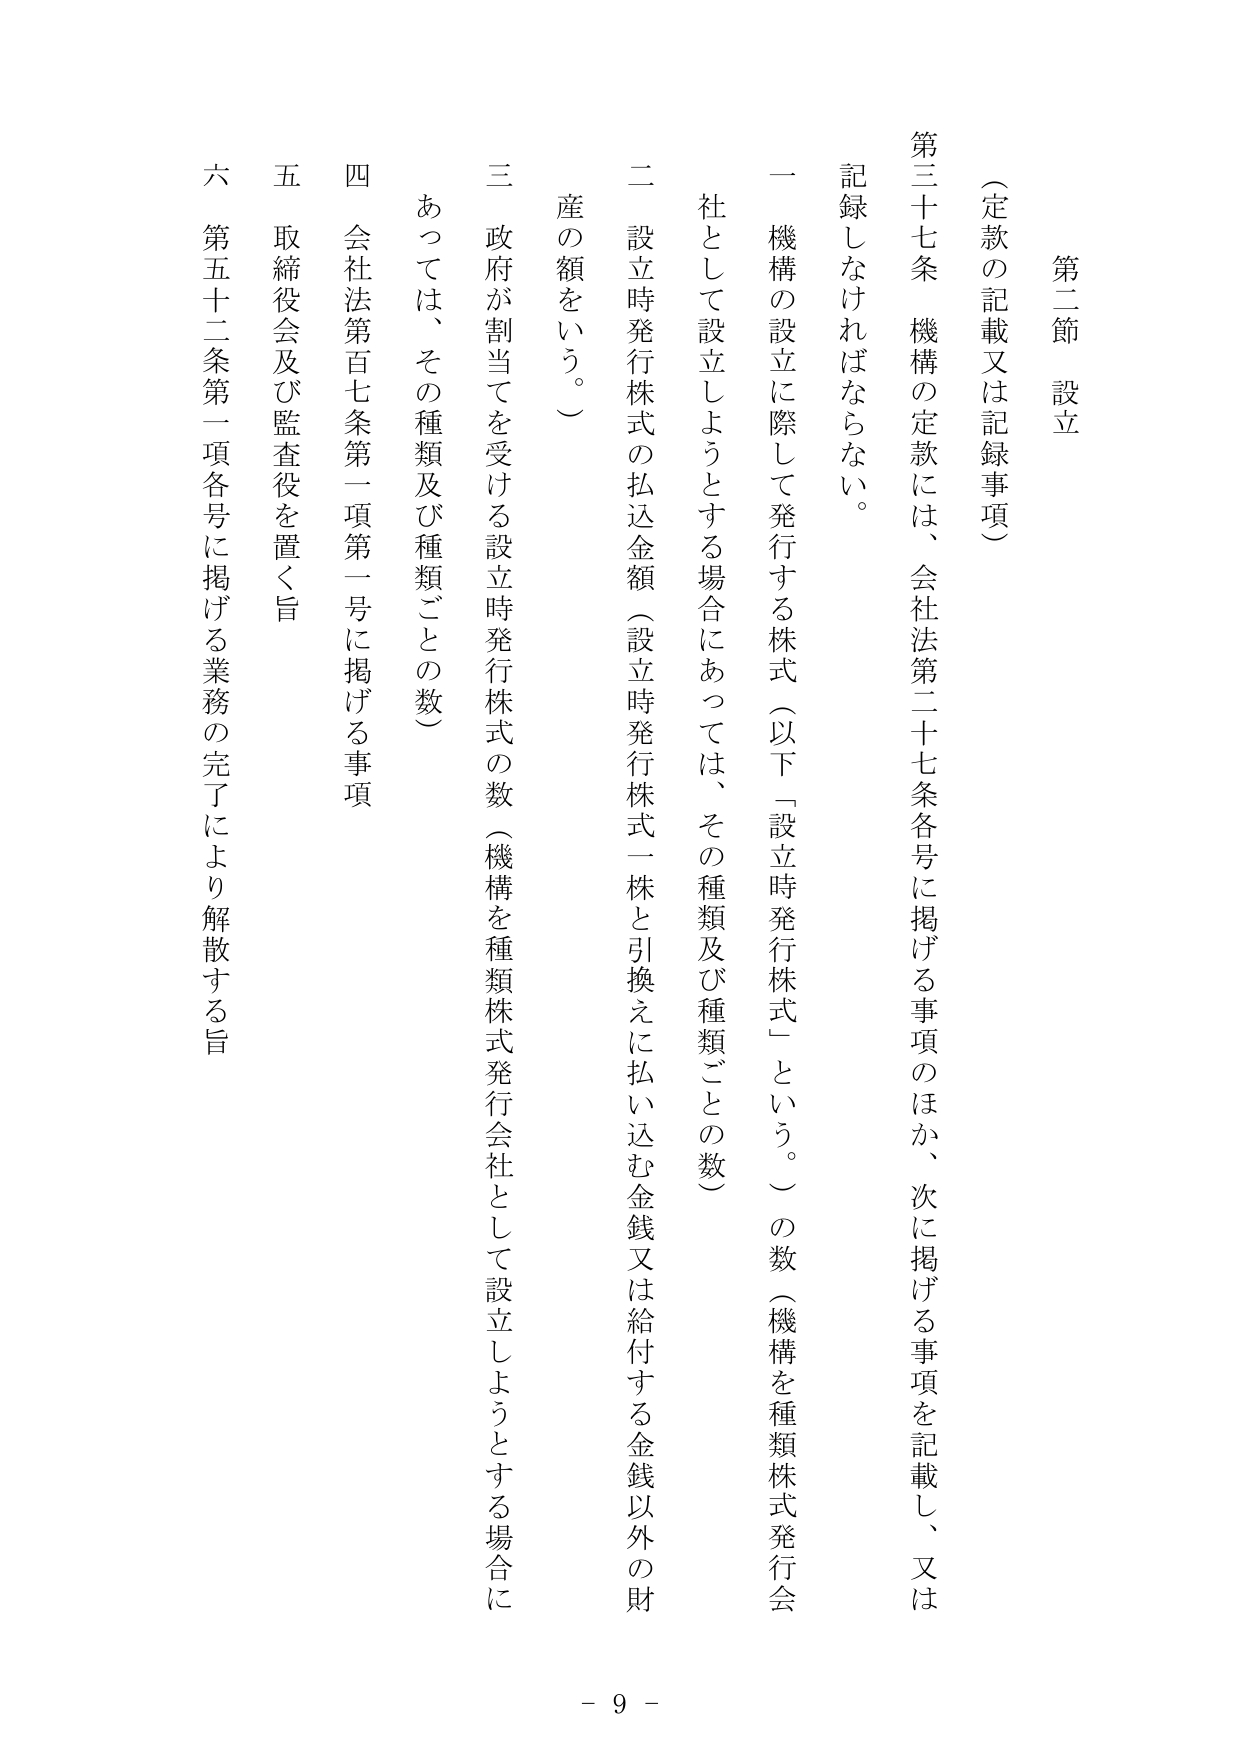
第二節 設立
（定款の記載又は記録事項）

第三十七条 機構の定款には、会社法第二十七条各号に掲げる事項のほか、次に掲げる事項を記載し、又は記録しなければならない。

一 機構の設立に際して発行する株式（以下「設立時発行株式」という。）の数（機構を種類株式発行会社として設立しようとする場合にあっては、その種類及び種類ごとの数）

二 設立時発行株式の払込金額（設立時発行株式一株と引換えに払い込む金銭又は給付する金銭以外の財産の額をいう。）

三 政府が割当てを受ける設立時発行株式の数（機構を種類株式発行会社として設立しようとする場合にあっては、その種類及び種類ごとの数）

四 会社法第百七条第一項第一号に掲げる事項

五 取締役会及び監査役を置く旨

六 第五十二条第一項各号に掲げる業務の完了により解散する旨

- 9 -